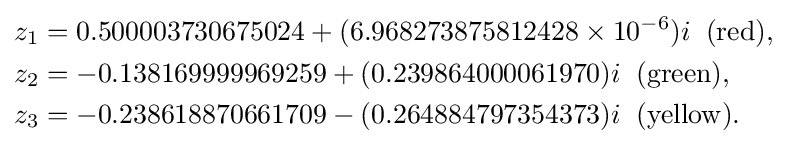
{\begin{aligned}z_{1}&=0.500003730675024+(6.968273875812428\times 10^{-6})i{\;}{\;}({\mathrm {red} }),\\z_{2}&=-0.138169999969259+(0.239864000061970)i{\;}{\;}({\mathrm {green} }),\\z_{3}&=-0.238618870661709-(0.264884797354373)i{\;}{\;}({\mathrm {yellow} }).\end{aligned}}